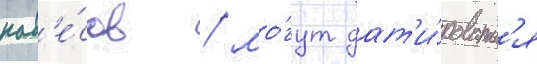
нав'е́сов / мо́гут дат'и́роватьс'я